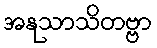
အနုသာသိတဗ္ဗာ